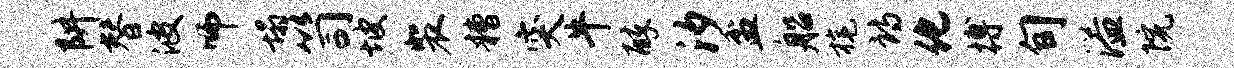
阱替波师塌笥坡裴糟突牛醉汐盆船旄诗化搏旬溢院